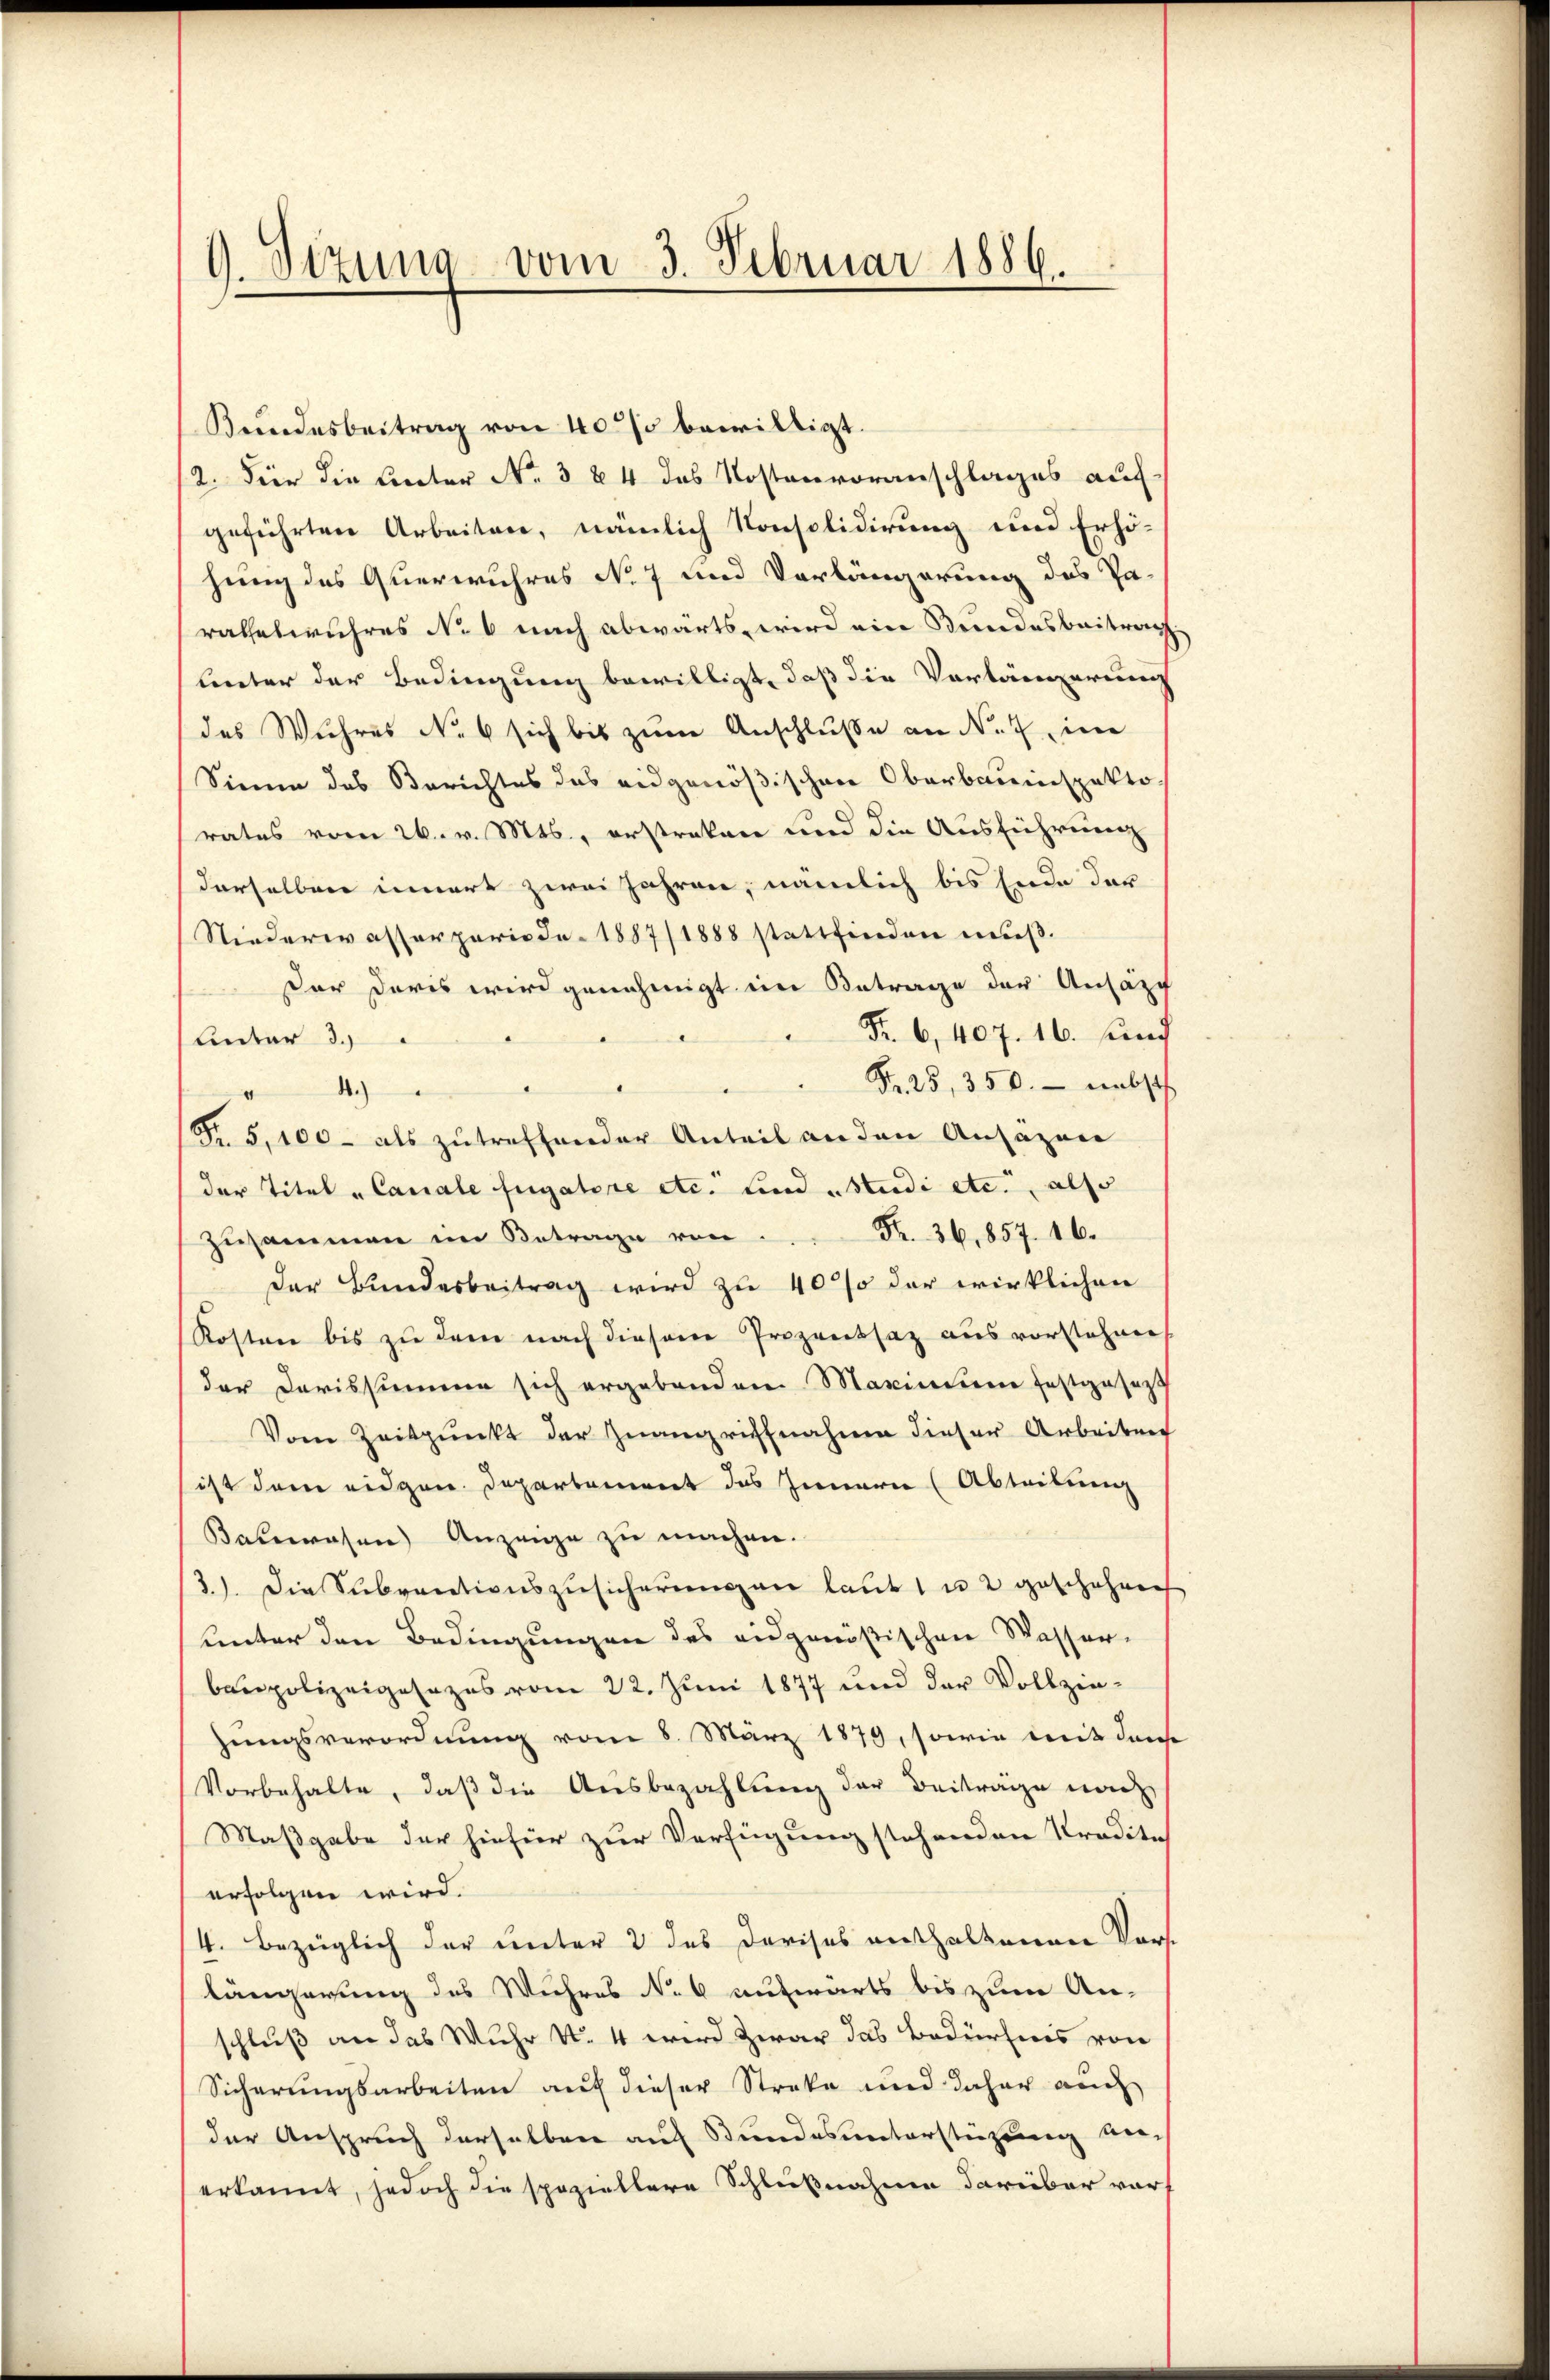
9. Dezung vom 3. Februar 1886.

Kundesbeitrag von 40% bewilligt.
2. Für die Unter No. 384 das Kostenvoranschlages auf
geführten Arbeiten, nämlich Konsolidirung und Erhö-
hung des Querwuhres No 7 und Vorlängerung des Pa-
ratheswuhres No 6 nach abwärts, wird ein Bundesbeitrag
linter der Bedingung bewilligt, daß die Vorlängerung
des Wuhres No 6 sich bis zum Anschluße an Nr. 7, im
Sinne des Berichtes das eidgenößischen Oberbauinspekto
rates vom 26. v. Mts., erstrakon und die Ausführung
derselben innert zwei Jahren, nämlich bis Ende der
(Niederwasserparie de 1887/1888 stattfinden muß.
Der daris wird genehmigt in Betrage der Ansäzc
Fr. 6, 407. 16. Juny
Unter 3.)
Fr. 25, 350. nebst
4.)
R. 5,100- als zutreffender Anteil an den Ansäzen
der Titel - Canale fugatore etc. sind „Studi etc., also
Fr. 36,857. 16.
Zusammen im Betrage von
der Bundesbeitrag wird zu 40% der wirklichen
Kosten bis zu dem nach diesen Prozentsaz aus vorstehen
der Carissumme sich ergebenden Maximum festgesetzt
Vom Zeitpunkt der Zwangriffnahme dieser Arbeiten
ist dem eidgen. Departement das Innern (Abteilung
Bauwesen Anzeige zu machen.
3). Die Subventionszŭsicherŭng an laŭt u. 2 geschehen
unter den Bedingungen des eidgenößischen Wasser-
baupolizeigesezes vom 22. Juni 1877 und der Vollziezungsverordnung vom 8. März 1879, sowie mit dense
Vorbehalte, daß die Ausbezahlung der Beiträge nach
Maßgabe der hiefür zur Verfügung stehenden Kredite
erfolgen wird.
4. bezüglich der unter 2 des Dorises enthaltenen Vorslängerung des Wuhres No 6 aufwärts bis zum An-
schluß an das Wuhr N. 4 wird zwar das Bedürfnis von
Sicherungsarbeiten auf dieser Streke und daher auch
der Anspruch derselben auf Stundesunterstützung ver-
erkannt, jedoch die speziellere Schlußnahme darüber vor¬